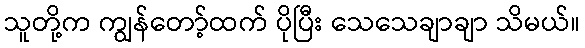
သူတို့က ကျွန်တော့်ထက် ပိုပြီး သေသေချာချာ သိမယ်။